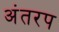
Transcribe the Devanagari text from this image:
अंतरप